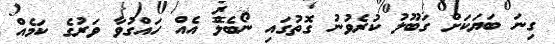
ގިނަ ބަޔަކަށް ގަބޫލު ކުރެވުނު ގޮތުގައި ނޯބެލް އެއް ހައްގުވާ ވަރުގެ ކަމެއް